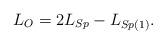
LaTeX: \begin{align*} L_{O} = 2L_{Sp} - L_{Sp(1)}. \end{align*}